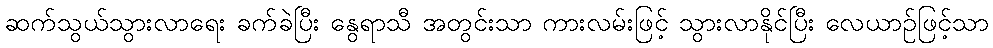
ဆက်သွယ်သွားလာရေး ခက်ခဲပြီး နွေရာသီ အတွင်းသာ ကားလမ်းဖြင့် သွားလာနိုင်ပြီး လေယာဉ်ဖြင့်သာ